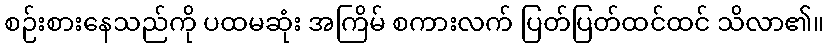
စဉ်းစားနေသည်ကို ပထမဆုံး အကြိမ် စကားလက် ပြတ်ပြတ်ထင်ထင် သိလာ၏။